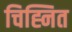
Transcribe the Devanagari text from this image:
चिह्नित